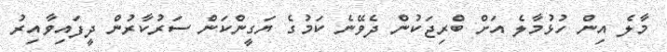
މާލެ އިން ހުޅުމާލެ އަށް ބްރިޖަކުން ދެވޭނެ ކަމުގެ ޔަގީންކަން ސަރުކާރުން ދީފައިވާއިރު